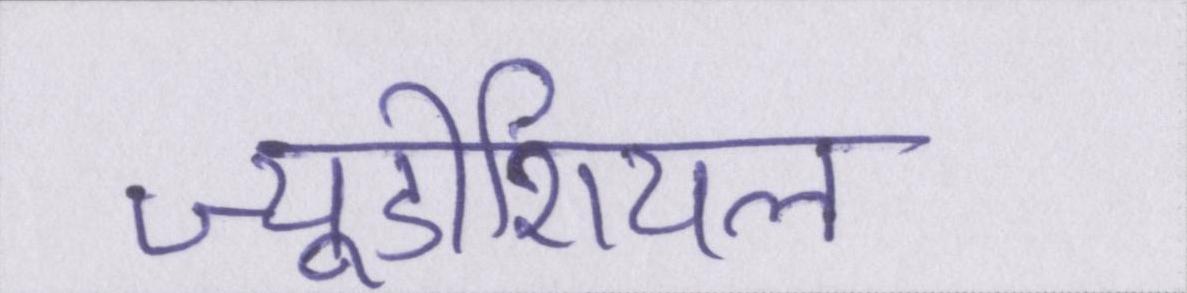
ज्यूडीशियल